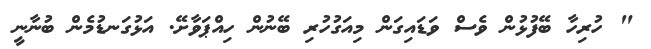
" ހުރިހާ ބޭފުޅުން ވެސް ވަޑައިގަން މިއަގުހުރި ބޭނުން ހިއްޕަވާށޭ. އަޅުގަނޑުމެން ބުނާނީ